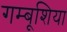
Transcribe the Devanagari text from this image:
गम्बूशिया